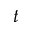
t